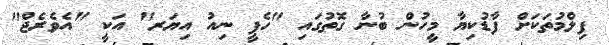
ފިލްމުތަކަށް ފާޑުކިޔާ މީހުން ބުނާ ގޮތުގައި "ހެޕީ ނިއު އިޔަރ" އަކީ "އެވެރެޖް"